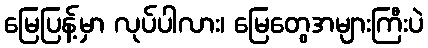
မြေပြန့်မှာ လုပ်ပါလား၊ မြေတွေအများကြီးပဲ